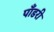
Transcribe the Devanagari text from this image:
पाँडरी